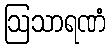
ဩသာရဏံ